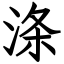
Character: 涤